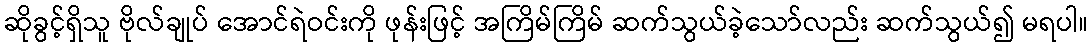
ဆိုခွင့်ရှိသူ ဗိုလ်ချုပ် အောင်ရဲဝင်းကို ဖုန်းဖြင့် အကြိမ်ကြိမ် ဆက်သွယ်ခဲ့သော်လည်း ဆက်သွယ်၍ မရပါ။